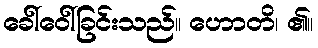
ခေါ်ဝေါ်ခြင်းသည်။ ဟောတိ၊ ၏။